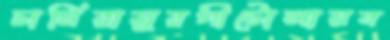
চানিরামুরগীটোলায়ব